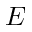
E